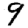
Digit: 9